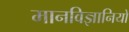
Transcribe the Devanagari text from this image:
मानविज्ञानियों